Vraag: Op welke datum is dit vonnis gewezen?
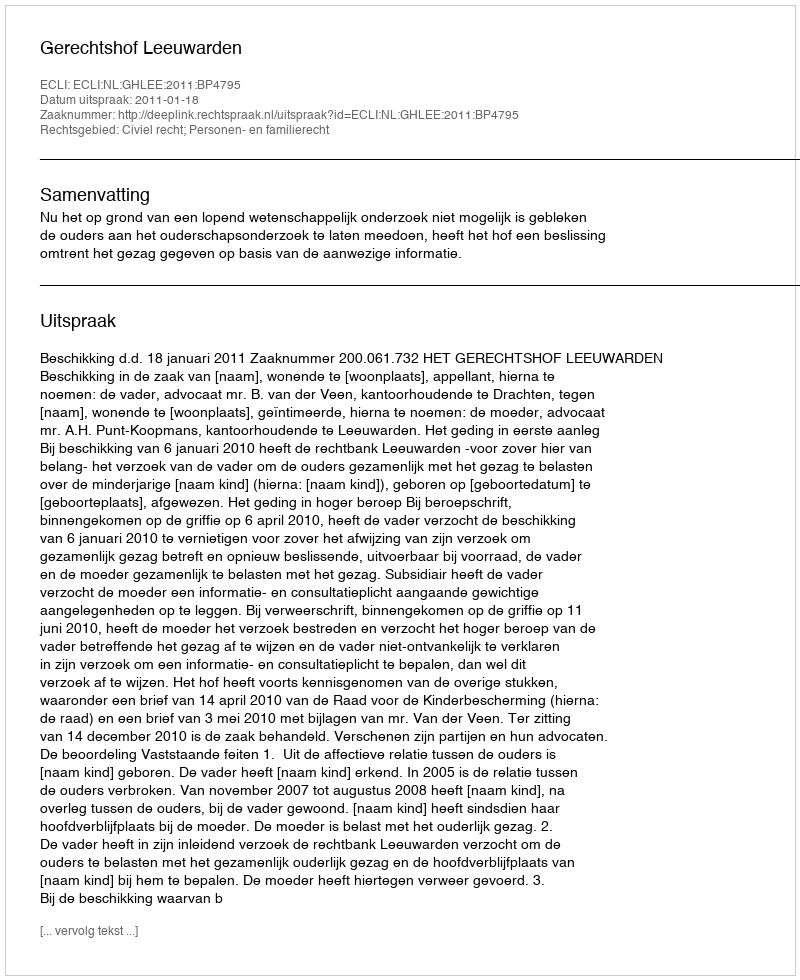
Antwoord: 2011-01-18